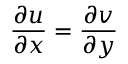
{ \frac { \partial u } { \partial x } } = { \frac { \partial v } { \partial y } }